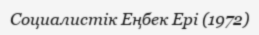
Социалистік Еңбек Ері (1972)